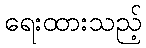
ရေးထားသည့်